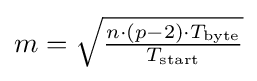
{\textstyle m={\sqrt {\frac {n\cdot (p-2)\cdot T_{\text{byte}}}{T_{\text{start}}}}}}